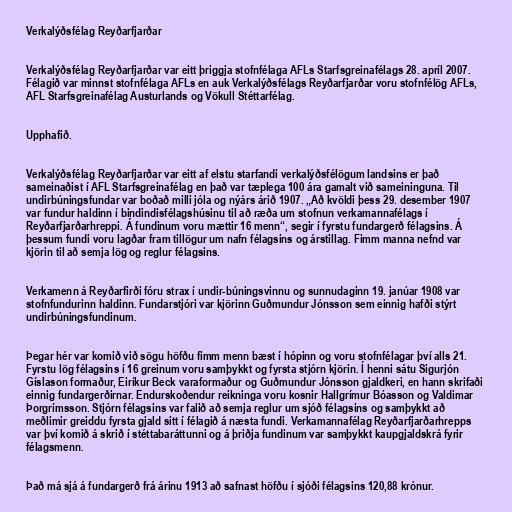
Verkalýðsfélag Reyðarfjarðar

Verkalýðsfélag Reyðarfjarðar var eitt þriggja stofnfélaga AFLs Starfsgreinafélags 28. apríl 2007.
Félagið var minnst stofnfélaga AFLs en auk Verkalýðsfélags Reyðarfjarðar voru stofnfélög AFLs,
AFL Starfsgreinafélag Austurlands og Vökull Stéttarfélag.

Upphafið.

Verkalýðsfélag Reyðarfjarðar var eitt af elstu starfandi verkalýðsfélögum landsins er það
sameinaðist í AFL Starfsgreinafélag en það var tæplega 100 ára gamalt við sameininguna. Til
undirbúningsfundar var boðað milli jóla og nýárs árið 1907. „Að kvöldi þess 29. desember 1907
var fundur haldinn í bindindisfélagshúsinu til að ræða um stofnun verkamannafélags í
Reyðarfjarðarhreppi. Á fundinum voru mættir 16 menn“, segir í fyrstu fundargerð félagsins. Á
þessum fundi voru lagðar fram tillögur um nafn félagsins og árstillag. Fimm manna nefnd var
kjörin til að semja lög og reglur félagsins.

Verkamenn á Reyðarfirði fóru strax í undir-búningsvinnu og sunnudaginn 19. janúar 1908 var
stofnfundurinn haldinn. Fundarstjóri var kjörinn Guðmundur Jónsson sem einnig hafði stýrt
undirbúningsfundinum.

Þegar hér var komið við sögu höfðu fimm menn bæst í hópinn og voru stofnfélagar því alls 21.
Fyrstu lög félagsins í 16 greinum voru samþykkt og fyrsta stjórn kjörin. Í henni sátu Sigurjón
Gíslason formaður, Eiríkur Beck varaformaður og Guðmundur Jónsson gjaldkeri, en hann skrifaði
einnig fundargerðirnar. Endurskoðendur reikninga voru kosnir Hallgrímur Bóasson og Valdimar
Þorgrímsson. Stjórn félagsins var falið að semja reglur um sjóð félagsins og samþykkt að
meðlimir greiddu fyrsta gjald sitt í félagið á næsta fundi. Verkamannafélag Reyðarfjarðarhrepps
var því komið á skrið í stéttabaráttunni og á þriðja fundinum var samþykkt kaupgjaldskrá fyrir
félagsmenn.

Það má sjá á fundargerð frá árinu 1913 að safnast höfðu í sjóði félagsins 120,88 krónur.